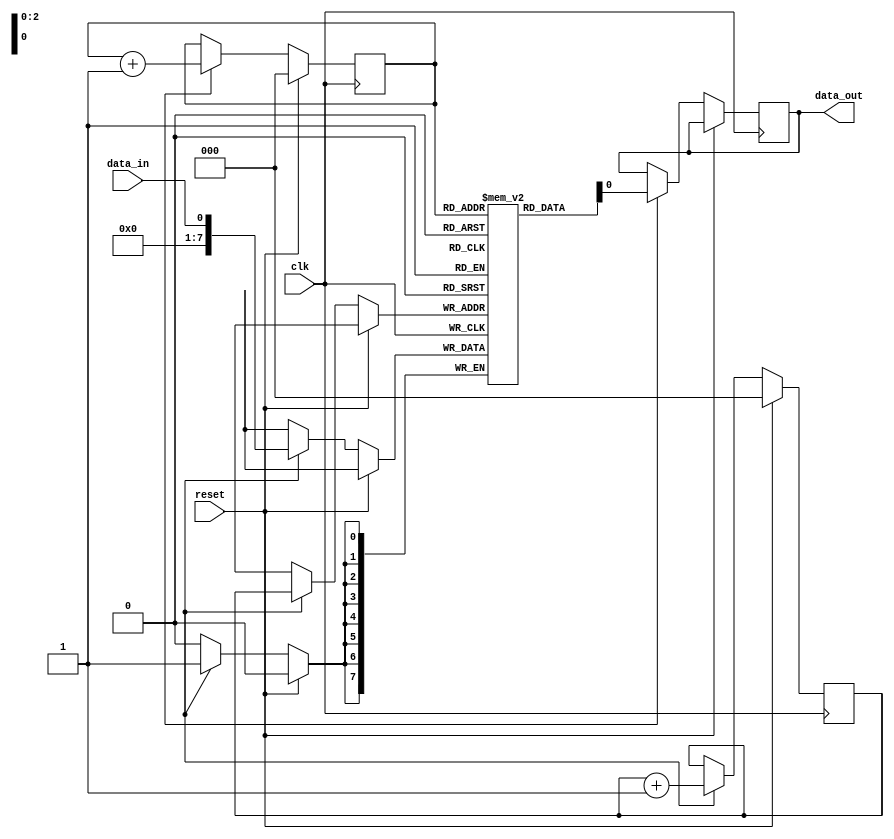
module FIFO_buffer(
    input wire clk,
    input wire reset,
    input wire data_in,
    output reg data_out
);

reg [7:0] buffer [0:7]; // 8-bit data buffer with 8 locations
reg [2:0] write_ptr, read_ptr; // write and read pointers
reg clock_enable, data_enable; // timing signals

always @(posedge clk) begin
    if (reset) begin
        write_ptr <= 0;
        read_ptr <= 0;
    end else begin
        if (clock_enable) begin
            // write data to buffer
            buffer[write_ptr] <= data_in;
            // update write pointer
            write_ptr <= write_ptr + 1;
        end
        
        if (data_enable) begin
            // read data from buffer
            data_out <= buffer[read_ptr];
            // update read pointer
            read_ptr <= read_ptr + 1;
        end
    end
end

endmodule